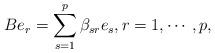
LaTeX: \begin{align*} Be_r= \sum_{s=1}^p \beta_{sr}e_s, r=1, \cdots, p,\end{align*}